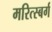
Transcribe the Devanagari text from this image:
मरित्स्बर्ग